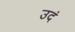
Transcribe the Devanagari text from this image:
उदं